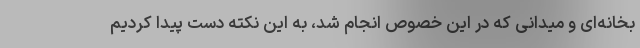
بخانه‌ای و میدانی که در این خصوص انجام شد، به این نکته دست پیدا کردیم